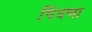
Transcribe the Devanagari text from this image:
पिंदणा